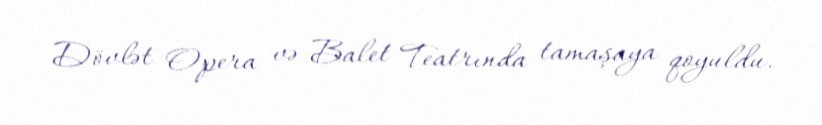
Dövlət Opera və Balet Teatrında tamaşaya qoyuldu.